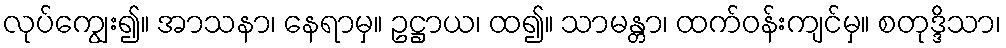
လုပ်ကျွေး၍။ အာသနာ၊ နေရာမှ။ ဥဋ္ဌာယ၊ ထ၍။ သာမန္တာ၊ ထက်ဝန်းကျင်မှ။ စတုဒ္ဒိသာ၊